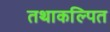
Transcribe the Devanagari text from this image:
तथाकल्पित